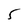
Character: 5